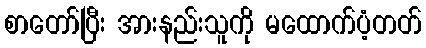
စာတော်ပြီး အားနည်းသူကို မထောက်ပံ့တတ်